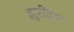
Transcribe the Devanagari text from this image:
झुरींदार